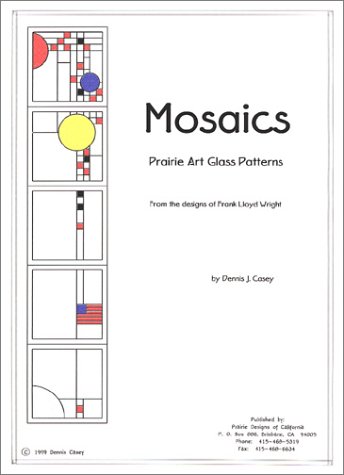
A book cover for Mosaics: Prairie Art Glass Patterns; Dennis J. Casey; Crafts, Hobbies & Home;